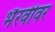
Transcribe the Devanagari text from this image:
भैरवीवर